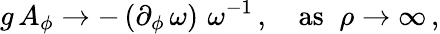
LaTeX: g\, A_{\phi}\to-\, (\partial_{\phi}\, \omega)\, \, \omega^{-1}\, ,\quad\mathrm{as}\; \; \rho\to\infty\, ,